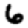
Digit: 6